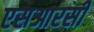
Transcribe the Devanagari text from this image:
एसआरसी